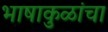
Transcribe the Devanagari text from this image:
भाषाकुळांचा